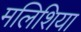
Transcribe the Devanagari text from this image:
मलिशिया